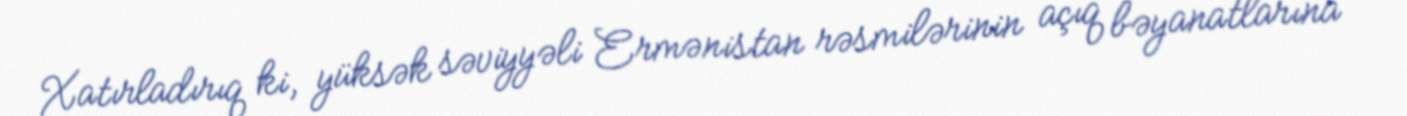
Xatırladırıq ki, yüksək səviyyəli Ermənistan rəsmilərinin açıq bəyanatlarına